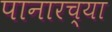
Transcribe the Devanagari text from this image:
पानारच्या